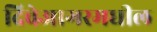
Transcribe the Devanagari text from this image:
दिवेआगरमधील